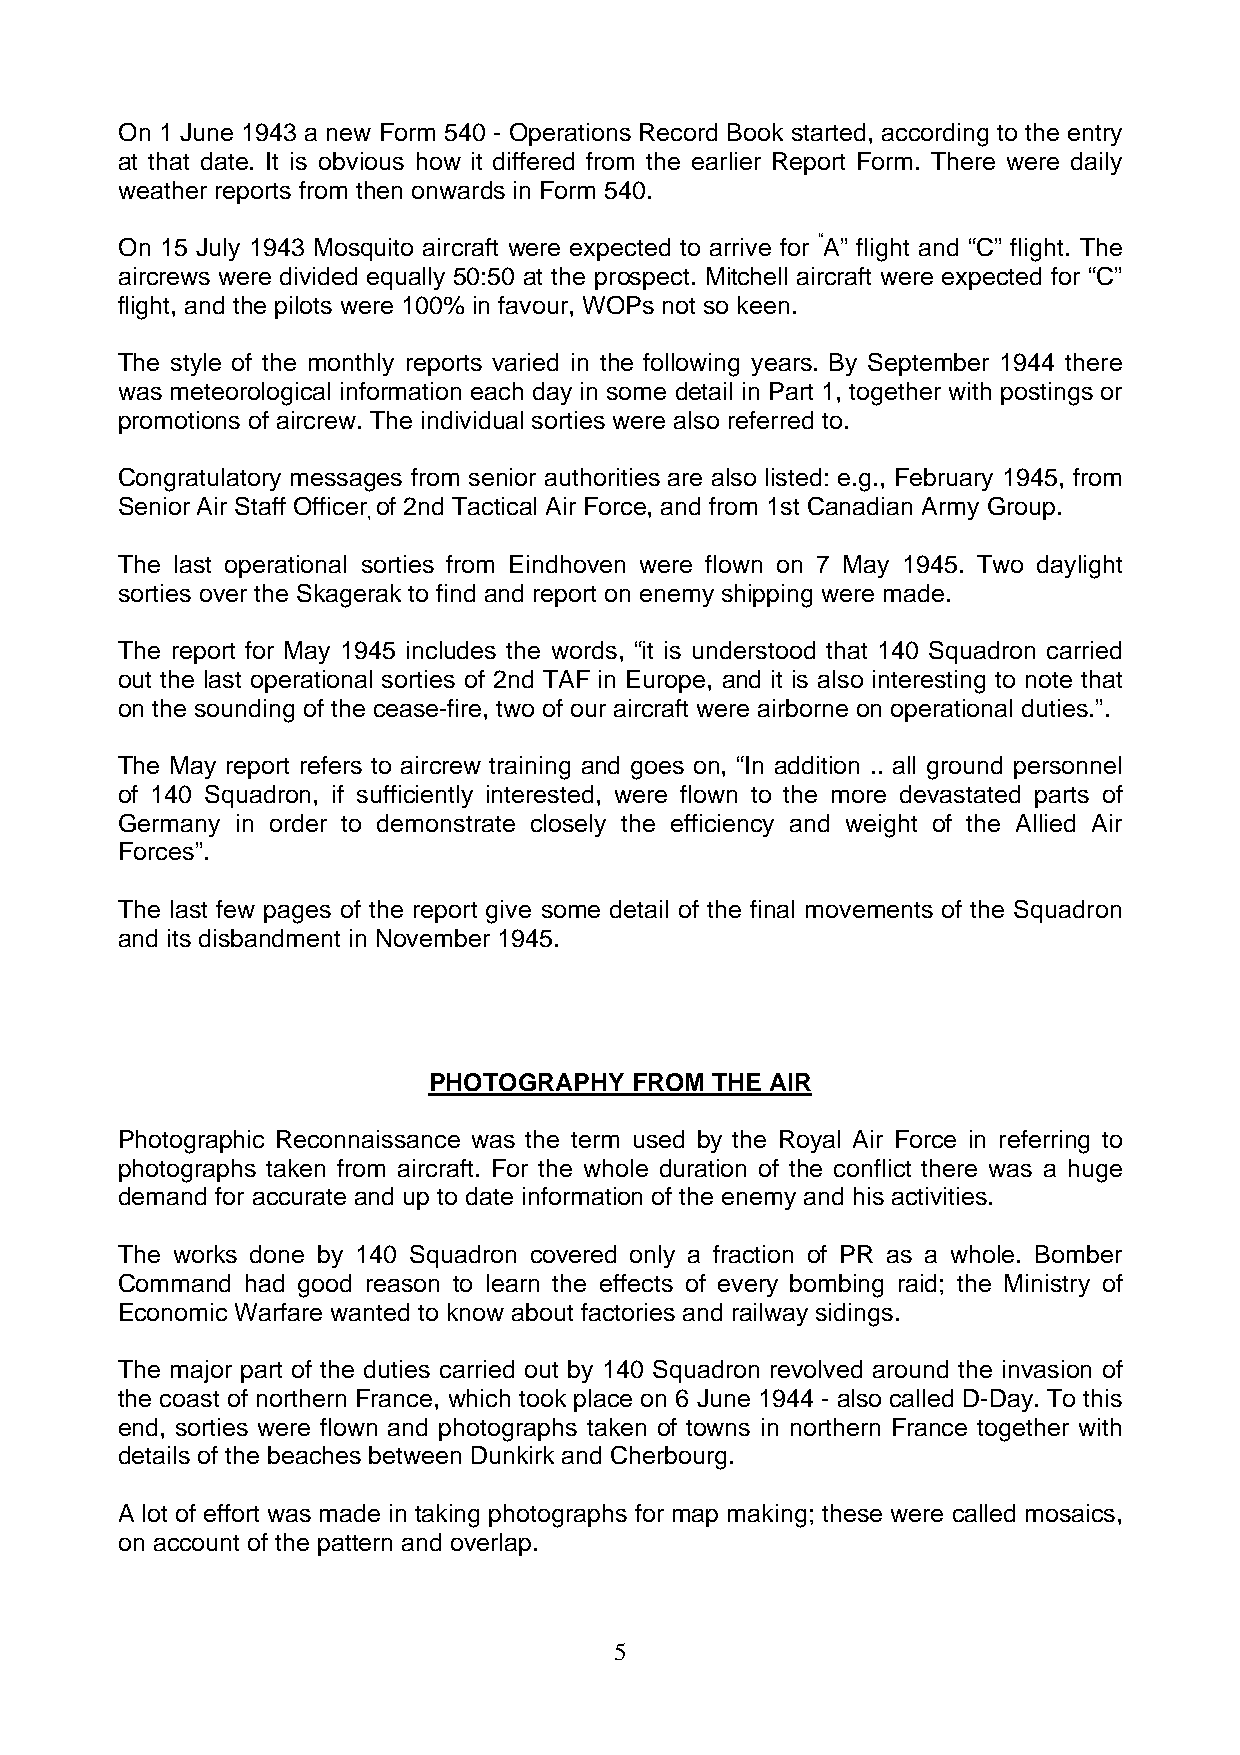
On 1 June 1943 a new Form 540 - Operations Record Book started, according to the entry
 at that date. It is obvious how it differed from the earlier Report Form. There were daily
 weather reports from then onwards in Form 540.
 On 15 July 1943 Mosquito aircraft were expected to arrive for “A” flight and “C” flight. The
 aircrews were divided equally 50:50 at the prospect. Mitchell aircraft were expected for “C”
 flight, and the pilots were 100% in favour, WOPs not so keen.
 The style of the monthly reports varied in the following years. By September 1944 there
 was meteorological information each day in some detail in Part 1, together with postings or
 promotions of aircrew. The individual sorties were also referred to.
 Congratulatory messages from senior authorities are also listed: e.g., February 1945, from
 Senior Air Staff Officer of 2nd Tactical Air Force, and from 1st Canadian Army Group.
 ,
 The last operational sorties from Eindhoven were flown on 7 May 1945. Two daylight
 sorties over the Skagerak to find and report on enemy shipping were made.
 The report for May 1945 includes the words, “it is understood that 140 Squadron carried
 out the last operational sorties of 2nd TAF in Europe, and it is also interesting to note that
 on the sounding of the cease-fire, two of our aircraft were airborne on operational duties.”.
 The May report refers to aircrew training and goes on, “In addition .. all ground personnel
 of 140 Squadron, if sufficiently interested, were flown to the more devastated parts of
 Germany in order to demonstrate closely the efficiency and weight of the Allied Air
 Forces”.
 The last few pages of the report give some detail of the final movements of the Squadron
 and its disbandment in November 1945.
 PHOTOGRAPHY   FROM THE AIR
 Photographic Reconnaissance was the term used by the Royal Air Force in referring to
 photographs taken from aircraft. For the whole duration of the conflict there was a huge
 demand for accurate and up to date information of the enemy and his activities.
 The works done by 140 Squadron covered only a fraction of PR as a whole. Bomber
 Command had good reason to learn the effects of every bombing raid; the Ministry of
 Economic Warfare wanted to know about factories and railway sidings.
 The major part of the duties carried out by 140 Squadron revolved around the invasion of
 the coast of northern France, which took place on 6 June 1944 - also called D-Day. To this
 end, sorties were flown and photographs taken of towns in northern France together with
 details of the beaches between Dunkirk and Cherbourg.
 A lot of effort was made in taking photographs for map making; these were called mosaics,
 on account of the pattern and overlap.
 5